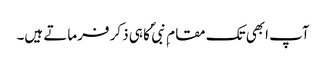
آپ ابھی تک مقام ِ نبی ؐ کا ہی ذکر فرماتے ہیں۔